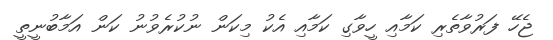
ޖެހޭ ފަރުވާތެރި ކަމާއި ހީވާގި ކަމާއި އެކު މިކަން ނުކުރެވުނު ކަން އަމާބުނީތީ